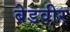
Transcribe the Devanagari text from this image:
बेडवीर